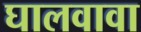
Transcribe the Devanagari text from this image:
घालवावा